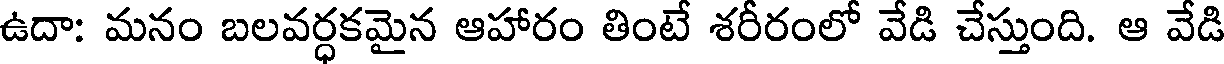
ఉదా: మనం బలవర్ధకమైన ఆహారం తింటే శరీరంలో వేడి చేస్తుంది. ఆ వేడి